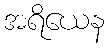
အရိယေန